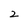
Character: 2